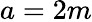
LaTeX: a=2m